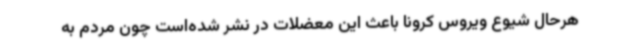
هرحال شیوع ویروس کرونا باعث این معضلات در نشر شده‌است چون مردم به